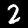
Label: 2